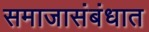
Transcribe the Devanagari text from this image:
समाजासंबंधात